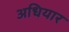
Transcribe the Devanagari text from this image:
अधियार